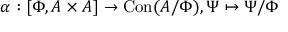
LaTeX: \alpha : \left[ \Phi , A \times A \right] \to \operatorname { C o n } ( A / \Phi ) , \Psi \mapsto \Psi / \Phi